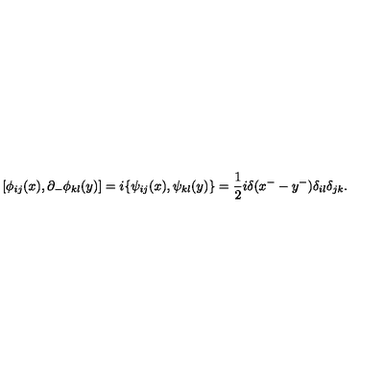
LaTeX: [ \phi _ { i j } ( x ) , \partial _ { - } \phi _ { k l } ( y ) ] = i \{ \psi _ { i j } ( x ) , \psi _ { k l } ( y ) \} = \frac { 1 } { 2 } i \delta ( x ^ { - } - y ^ { - } ) \delta _ { i l } \delta _ { j k } .